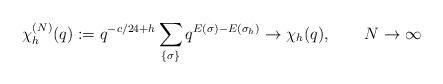
\begin{align*}\chi^{(N)}_h(q):=q^{-c/24+h}\sum_{\{\sigma\}} q^{E(\sigma)-E(\sigma_h)}\to \chi_h(q),\qquad N\to\infty\end{align*}